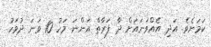
ކަމަށެވެ. އަދި އެއްވަނައަށް ދާ ފަރާތް އަންނަ މަހު 10 ވަނަ ދުވަހު